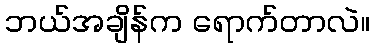
ဘယ်အချိန်က ရောက်တာလဲ။